Indian journal of veterinary science and animal husbandry - Volume 2,
Year: 1932
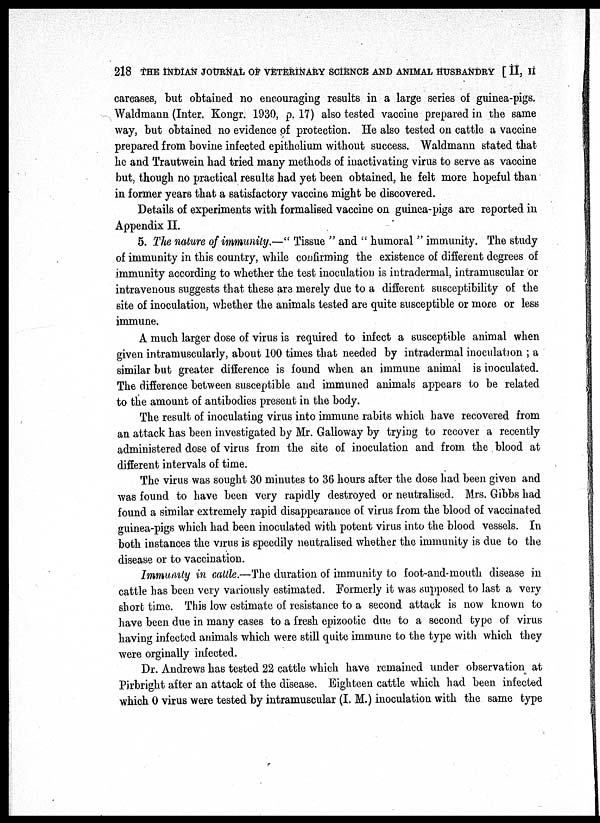
218 THE INDIAN JOURNAL OF VETERINARY SCIENCE AND ANIMAL HUSBANDRY [ II, II
carcases, but obtained no encouraging results in a large series of guinea-pigs.
Waldmann (Inter. Kongr. 1930, p. 17) also tested vaccine prepared in the same
way, but obtained no evidence of protection. He also tested on cattle a vaccine
prepared from bovine infected epithelium without success. Waldmann stated that
he and Trautwein had tried many methods of inactivating virus to serve as vaccine
but, though no practical results had yet been obtained, he felt more hopeful than
in former years that a satisfactory vaccine might be discovered.
Details of experiments with formalised vaccine on guinea-pigs are reported in
Appendix II.
5. The nature of immunity.—" Tissue " and " humoral " immunity. The study
of immunity in this country, while confirming the existence of different degrees of
immunity according to whether the test inoculation is intradermal, intramuscular or
intravenous suggests that these are merely due to a different susceptibility of the
site of inoculation, whether the animals tested are quite susceptible or more or less
immune.
A much larger dose of virus is required to infect a susceptible animal when
given intramuscularly, about 100 times that needed by intradermal inoculation ; a
similar but greater difference is found when an immune animal is inoculated.
The difference between susceptible and immuned animals appears to be related
to the amount of antibodies present in the body.
The result of inoculating virus into immune rabits which have recovered from
an attack has been investigated by Mr. Galloway by trying to recover a recently
administered dose of virus from the site of inoculation and from the blood at
different intervals of time.
The virus was sought 30 minutes to 36 hours after the dose had been given and
was found to have been very rapidly destroyed or neutralised. Mrs. Gibbs had
found a similar extremely rapid disappearance of virus from the blood of vaccinated
guinea-pigs which had been inoculated with potent virus into the blood vessels. In
both instances the virus is speedily neutralised whether the immunity is due to the
disease or to vaccination.
Immunity in cattle.—The duration of immunity to foot-and-mouth disease in
cattle has been very variously estimated. Formerly it was supposed to last a very
short time. This low estimate of resistance to a second attack is now known to
have been due in many cases to a fresh epizootic due to a second type of virus
having infected animals which were still quite immune to the type with which they
were orginally infected.
Dr. Andrews has tested 22 cattle which have remained under observation at
Pirbright after an attack of the disease. Eighteen cattle which had been infected
which 0 virus were tested by intramuscular (I. M.) inoculation with the same type